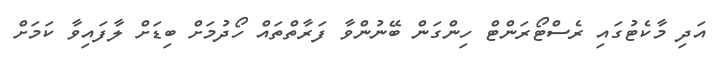
އަދި މާކެޓުގައި ރެސްޓޯރަންޓް ހިންގަން ބޭނުންވާ ފަރާތްތައް ހޯދުމަށް ބިޑަށް ލާފައިވާ ކަމަށް